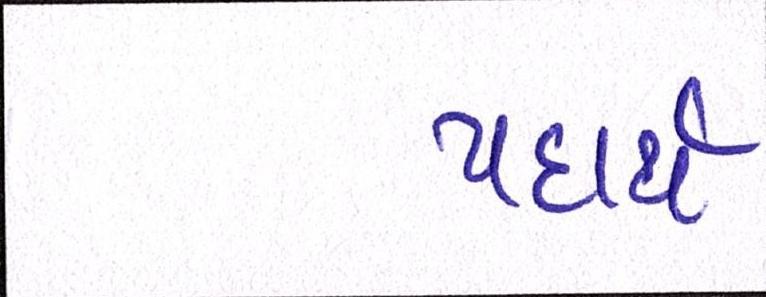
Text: પદાર્થ